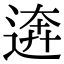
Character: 逩